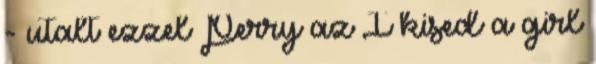
- utalt ezzel Perry az I kised a girl